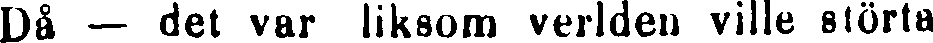
Då — det var liksom verlden ville störta